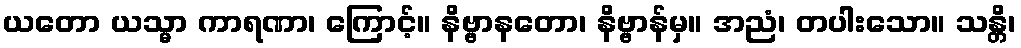
ယတော ယသ္မာ ကာရဏာ၊ ကြောင့်။ နိဗ္ဗာနတော၊ နိဗ္ဗာန်မှ။ အညံ၊ တပါးသော။ သန္တိ၊